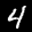
Label: 4